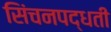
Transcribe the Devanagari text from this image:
सिंचनपद्धती